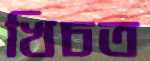
খিচত